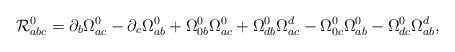
\begin{align*}{\cal R}_{abc}^0=\partial _b\Omega _{ac}^0-\partial _c\Omega _{ab}^0+\Omega_{0b}^0\Omega _{ac}^0+\Omega _{db}^0\Omega _{ac}^d-\Omega _{0c}^0\Omega_{ab}^0-\Omega _{dc}^0\Omega _{ab}^d, \end{align*}